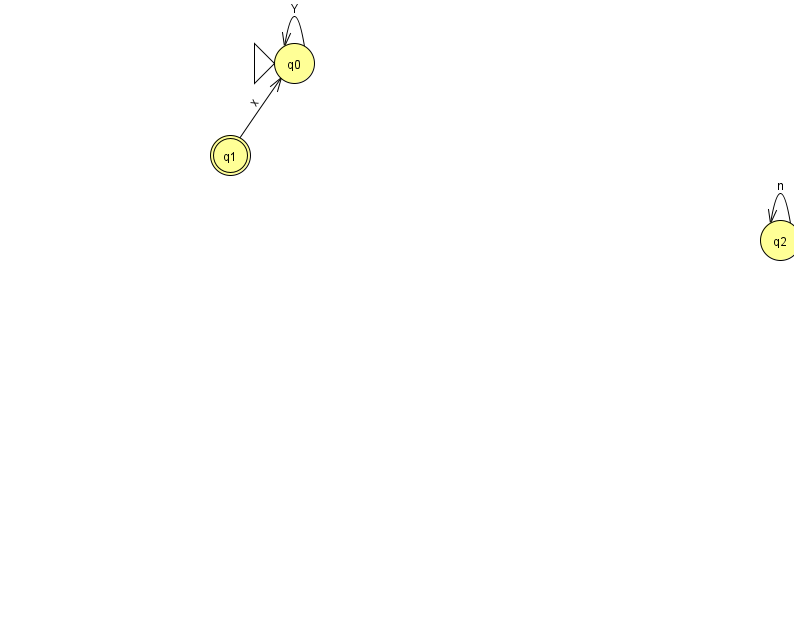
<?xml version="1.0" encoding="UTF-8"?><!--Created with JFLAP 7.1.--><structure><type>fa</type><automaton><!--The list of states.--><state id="0" name="q0"><x>294.0</x><y>50.0</y><initial/></state><state id="1" name="q1"><x>230.0</x><y>142.0</y><final/></state><state id="2" name="q2"><x>780.0</x><y>227.0</y></state><!--The list of transitions.--><transition><from>1</from><to>0</to><read>x</read></transition><transition><from>0</from><to>0</to><read>Y</read></transition><transition><from>2</from><to>2</to><read>n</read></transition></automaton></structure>